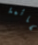
لقائمة